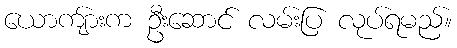
ယောကျ်ားက ဦးဆောင် လမ်းပြ လုပ်ရမည်။